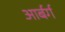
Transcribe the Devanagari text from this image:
आर्बर्ग